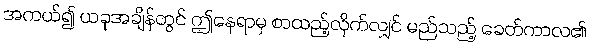
အကယ်၍ ယခုအချိန်တွင် ဤနေရာမှ စာထည့်လိုက်လျှင် မည်သည့် ခေတ်ကာလ၏